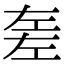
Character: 𢀡